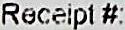
RECEIPT #: